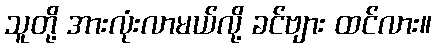
သူတို့ အားလုံးလာမယ်လို့ ခင်ဗျား ထင်လား။